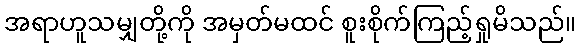
အရာဟူသမျှတို့ကို အမှတ်မထင် စူးစိုက်ကြည့်ရှုမိသည်။